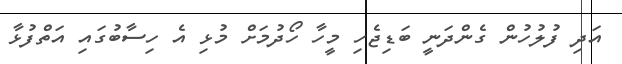
އަދި ފުލުހުން ގެންދަނީ ބަޑިޖެހި މީހާ ހޯދުމަށް މުޅި އެ ހިސާބުގައި އަތްފުޅާ